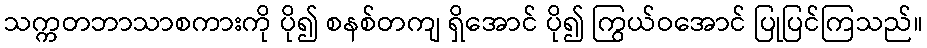
သက္ကတဘာသာစကားကို ပို၍ စနစ်တကျ ရှိအောင် ပို၍ ကြွယ်ဝအောင် ပြုပြင်ကြသည်။